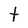
Character: t